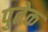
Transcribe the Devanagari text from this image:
पुतेक